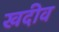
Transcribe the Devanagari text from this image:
खदीव